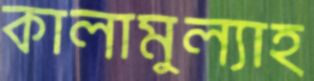
কালামুল্যাহ